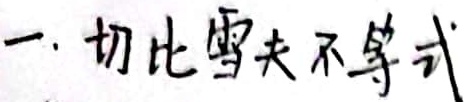
一.切比雪夫不等式